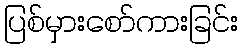
ပြစ်မှားစော်ကားခြင်း